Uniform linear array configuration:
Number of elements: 12
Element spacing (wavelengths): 0.5
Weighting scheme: cosine
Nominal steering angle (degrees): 15
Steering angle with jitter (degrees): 16.657
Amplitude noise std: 0.05
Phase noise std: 0.05

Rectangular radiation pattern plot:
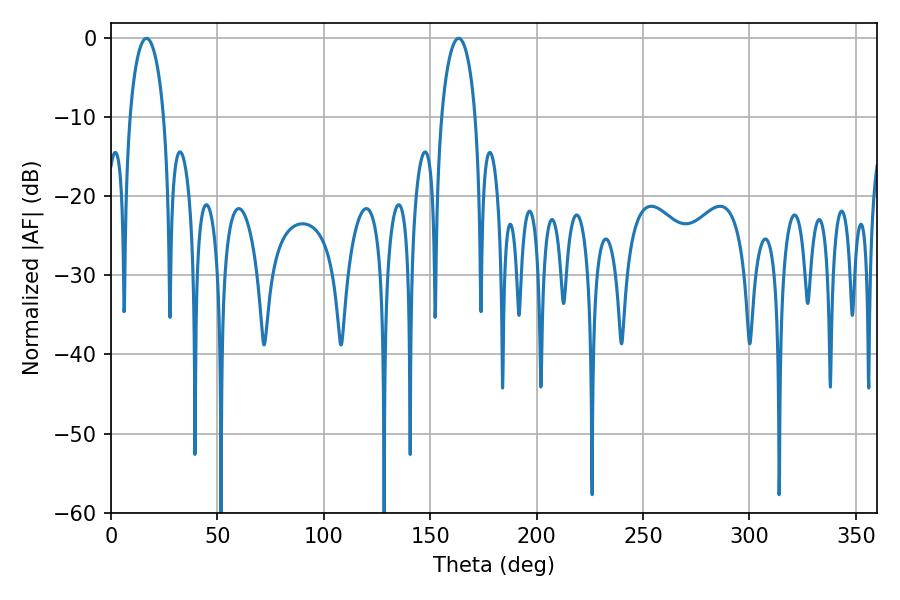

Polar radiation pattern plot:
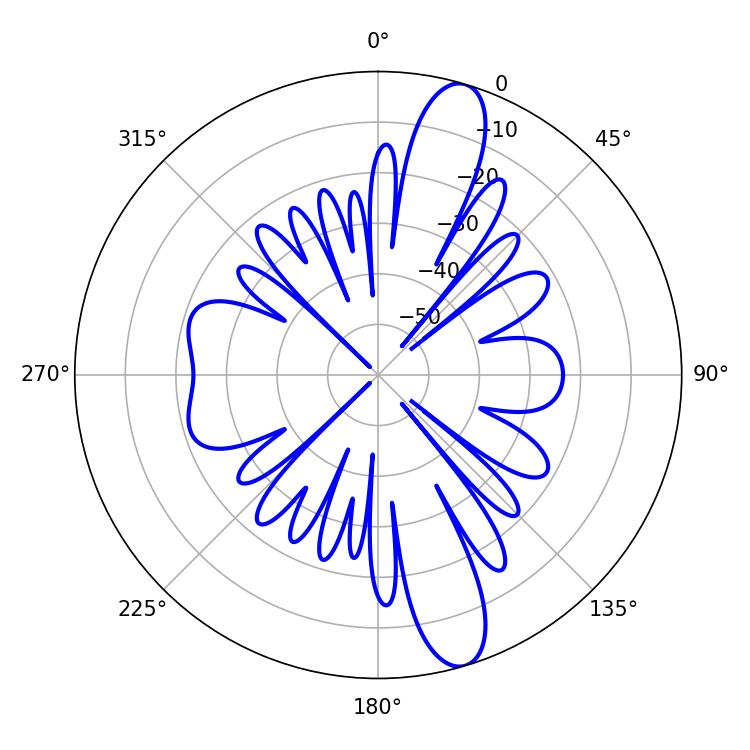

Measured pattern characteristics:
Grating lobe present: FALSE
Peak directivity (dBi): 13.126
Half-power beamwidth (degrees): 9.18
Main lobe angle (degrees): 16.74